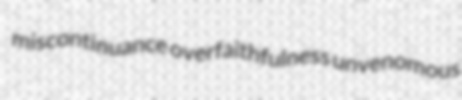
miscontinuance overfaithfulness unvenomous